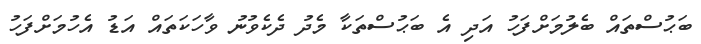
ބަޙުސްތައް ބެލުމަށްފަހު އަދި އެ ބަޙުސްތަކާ މެދު ދެކެވުނު ވާހަކަތައް އަޑު އެހުމަށްފަހު